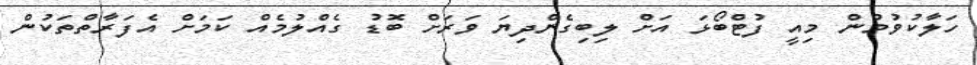
ހަލާކުވުމުން މިއީ ފުޓްބޯޅަ އަށް ލިބިގެންދިޔަ ވަރަށް ބޮޑު ގެއްލުމެއް ކަމަށް އެފަރާތްތަކުން